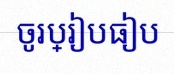
ចូរប្រៀបធៀប